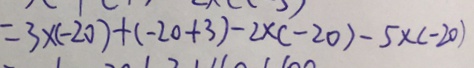
= 3 \times ( - 2 0 ) + ( - 2 0 + 3 ) - 2 \times ( - 2 0 ) + 5 \times ( - 2 0 )